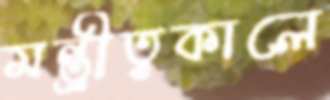
মন্ত্রীত্বকালে